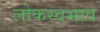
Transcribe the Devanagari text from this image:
लोकस्वभाव